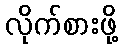
လိုက်စားဖို့